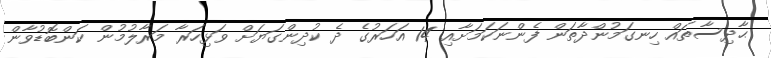
ޙާދިސާތައް ހިނގަމުންދާތަން ފެންނަކަމަށާއި 14 އަހަރުގެ ދެ ކުދިންގަޔަށް ވަޅިހަރާ މަރާލުމުން ކަންބޮޑުވާން